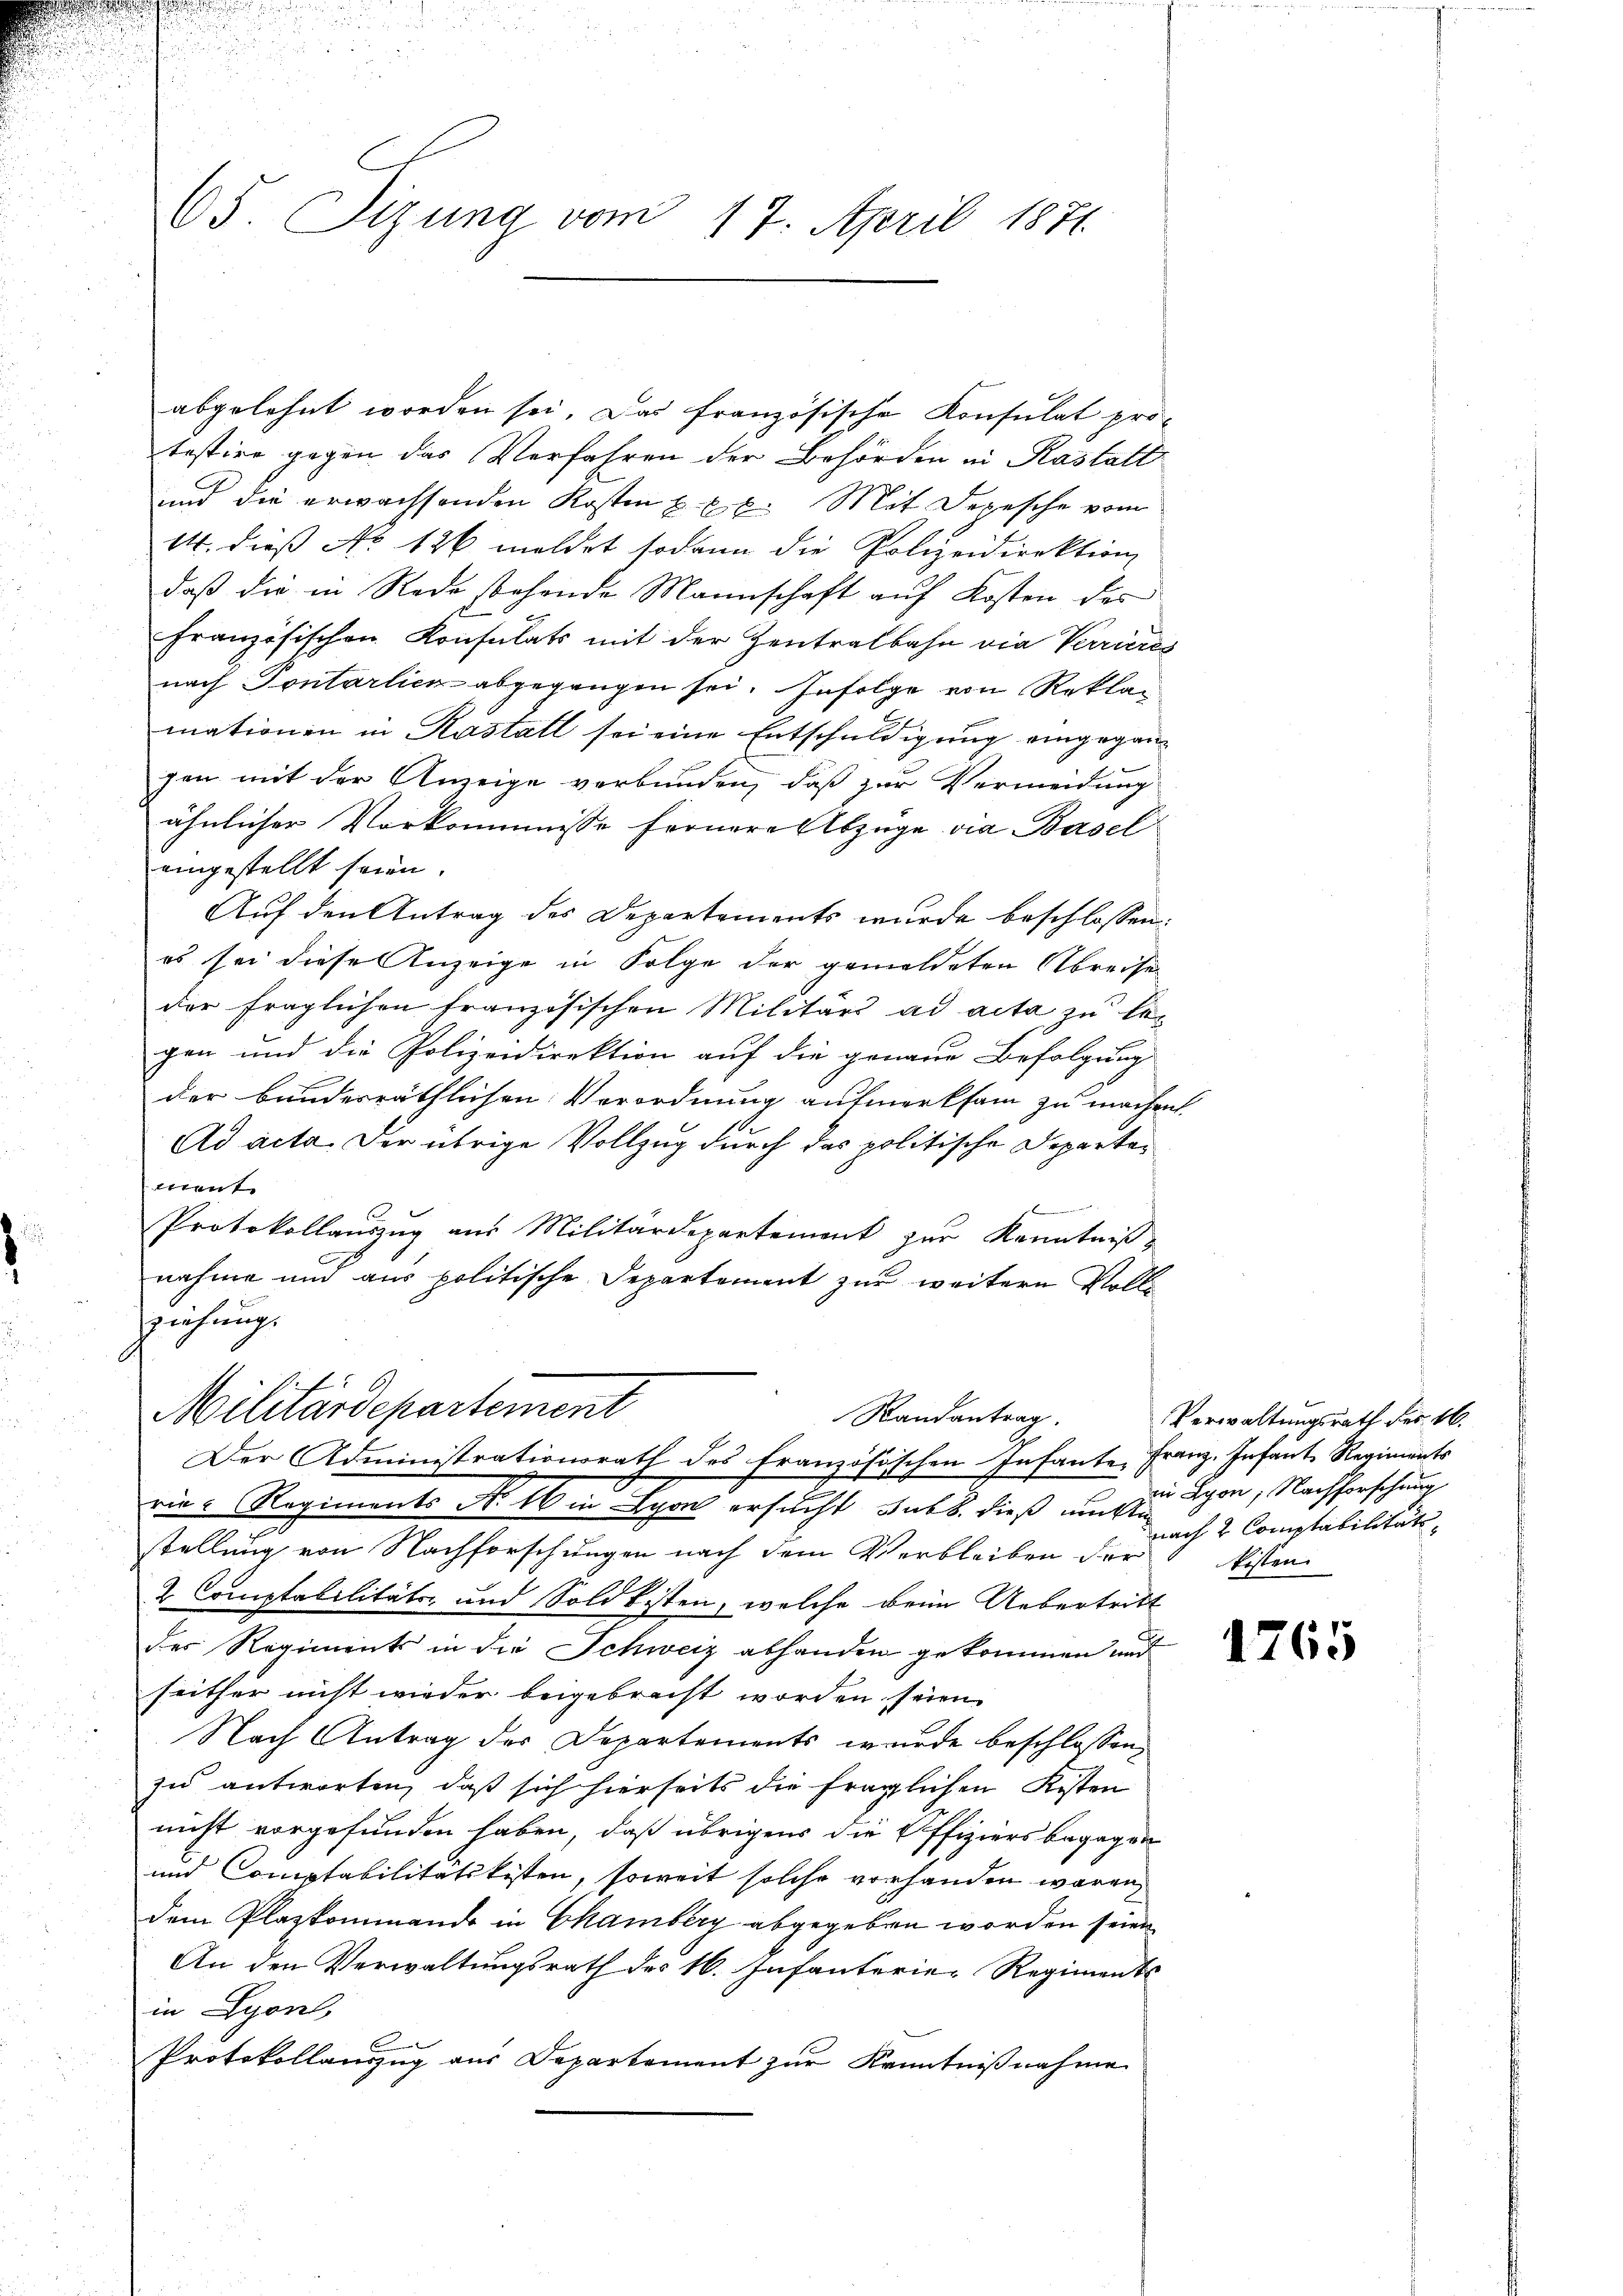
65. Sizung vom 17. April 1871

abgelehnt worden sei. Das französische Konsulat pro-
testier gegen das Verfahren der Behörden in Kastatt
und die erwachsenden Kosten E. E. E. Mit Depesche vom
14. dieß No 126 meldet sodann die Polizeidirektion
daß die in Rede sehende Mannschaft auf Kosten des
französischen Konsulats mit der Zentralbahn die Verrieres
nach Sontarlich abgegangen sei. Infolge von Reklamationen in Kastall sei eine Entschuldigung eingegangen mit der Anzeige verbunden, daß zur Vermeidung
ähnlicher Vorkommnisse fernere Abzüge via Basel
eingestellt seien.
Auf den Antrag des Departements wurde beschlossen:
es sei diese Anzeige in Folge der gemeldeten Abreise
der fraglichen französischen Militärs ad acta zu legen und die Polizeidirektion auf die genaue Befolgung
der bundesräthlichen Verordnung aufmerksam zu machen.
16.
Ad acta. Der übrige Vollzug durch das politische Departetient

Protokollauszug aus Militärdepartement zur Kenntniß
nahme und aus politische Departement zur weitern Vollziehung.
Militärdepartement
Randantrag.
Der Administrationsrath des französischen Infante Franz. Infant Regiments
ria - Regiments No 16 in Lyon ersucht sub b. dieß um An
stellung von Nachforschungen nach dem Verbleiben der
2 Comptabilitäts- und Soldkisten, welche beim Uebertritt
der Regiments in die Schweiz abhanden gekommen und
seither nicht wieder beigebracht worden seien.
Nach Antrag der Departements wurde beschlossen,
zu antworten, daß sich hierseits die fraglichen Kisten
nicht vorgefunden haben, daß übrigens die Offiziersbegegen
und Comptabilitätskisten, soweit solche vorhanden wären,
dem Plazkommando in Chamberg abgegeben worden seien.
An den Verwaltungsrath des 16. Infanterie-Regiments
in Lyon,
Protokollauszug aus Departement zur Kenntnißnahme

Verwaltungsrath Fr. 16.
in Lyon, Nachforschung
nach 2 Comptabilität,
tisten.

1765